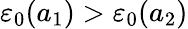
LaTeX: \varepsilon_{0}(a_{1})>\varepsilon_{0}(a_{2})